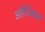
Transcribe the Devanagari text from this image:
ओप्टिकस